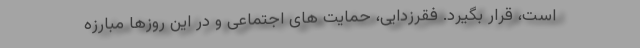
است، قرار بگیرد. فقرزدایی، حمایت های اجتماعی و در این روزها مبارزه